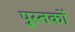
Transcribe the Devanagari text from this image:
पु्स्तकों